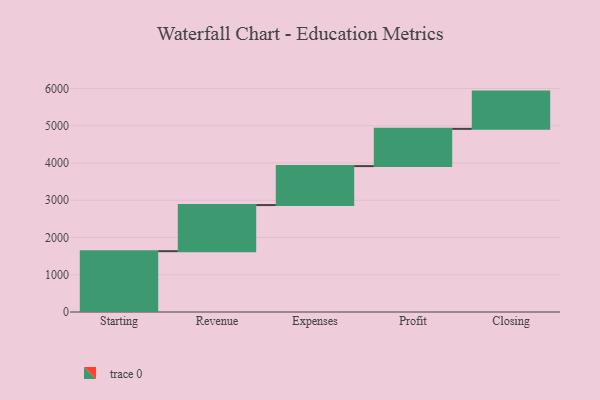
{"axis": {"x": "Step", "y": "Value"}, "legend": [""], "data": [{"x": "Starting", "y": 1633.0, "type": ""}, {"x": "Revenue", "y": 1238.0, "type": ""}, {"x": "Expenses", "y": 1046.0, "type": ""}, {"x": "Profit", "y": 1000, "type": ""}, {"x": "Closing", "y": 1000, "type": ""}]}